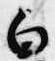
白